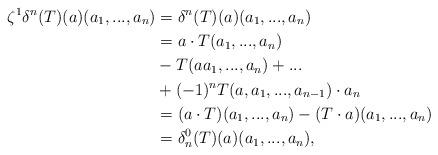
LaTeX: \begin{align*}\zeta^1 \delta^{n}(T)(a)(a_1,...,a_n)&=\delta^{n}(T)(a)(a_1,...,a_n) \\&=a\cdot T(a_1,...,a_n) \\&- T(aa_1,...,a_n)+... \\&+(-1)^nT(a,a_1,...,a_{n-1})\cdot a_n \\&=(a\cdot T)(a_1,...,a_n)-(T\cdot a)(a_1,...,a_n)\\&=\delta_{n}^0(T)(a)(a_1,...,a_n),\end{align*}